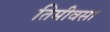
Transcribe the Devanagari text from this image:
तिमीवसा